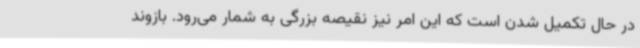
در حال تکمیل شدن است که این امر نیز نقیصه بزرگی به شمار می‌رود. بازوند